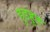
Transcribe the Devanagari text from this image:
हुडहुड